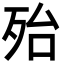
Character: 殆